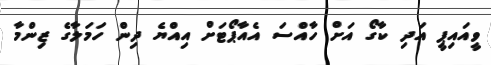
ވީއައިޕީ އަދި ކާގޯ އަށް ހާއްސަ އެއާޕޯޓަށް އިއްޔެ ދިން ހަމަލާގެ ޒިންމާ